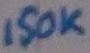
Text: 150K